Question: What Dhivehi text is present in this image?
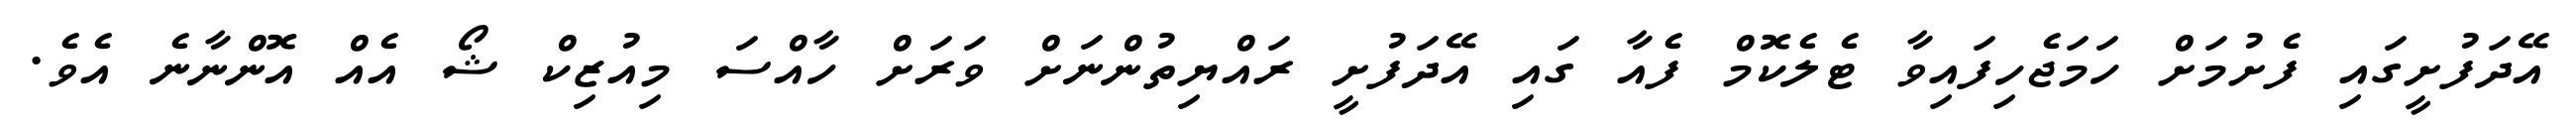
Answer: އޭދަފުށީގައި ފެށުމަށް ހަމަޖެހިފައިވާ ޓެލެކޮމް ފެއާ ގައި އޭދަފުށީ ރައްޔިތުންނަށް ވަރަށް ހާއްސަ މިއުޒިކް ޝޯ އެއް އޮންނާނެ އެވެ.